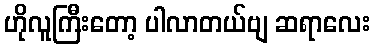
ဟိုလူကြီးတော့ ပါလာတယ်ဗျ ဆရာလေး